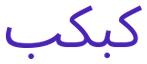
كبكب